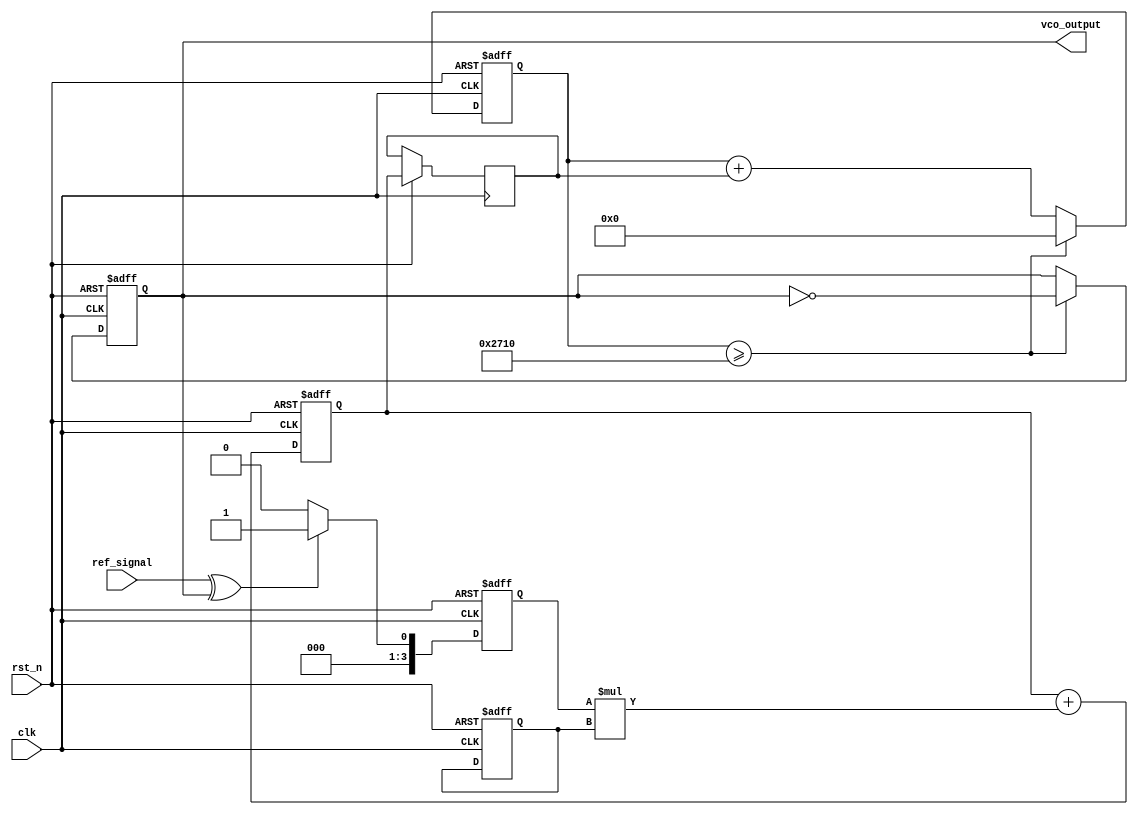
module dpll (
    input wire clk,              // System clock
    input wire rst_n,            // Active-low reset
    input wire ref_signal,       // Reference input signal
    output wire vco_output       // VCO output signal
);

// Parameters
parameter FILTER_ORDER = 4;    // Filter order
parameter MEM_SIZE = 16;        // Memory size for filter coefficients

// Internal Signals
reg [FILTER_ORDER-1:0] phase_error; // Phase error signal
reg [FILTER_ORDER-1:0] filter_mem [0:MEM_SIZE-1]; // Memory for filter coefficients
reg [FILTER_ORDER-1:0] filter_output; // Filter output signal
reg [FILTER_ORDER-1:0] vco_control; // Control signal for VCO
reg [15:0] vco_counter; // VCO counter for generating output signal
wire vco_clk;

// Phase Detector (PD)
always @(posedge clk or negedge rst_n) begin
    if (!rst_n) begin
        phase_error <= 0;
    end else begin
        // Simple XOR phase detection
        phase_error <= (ref_signal ^ vco_output) ? 1 : 0; // 1 if phase is not locked
    end
end

// Loop Filter (LF)
integer i;
always @(posedge clk or negedge rst_n) begin
    if (!rst_n) begin
        filter_output <= 0;
        // Initialize filter memory with some coefficients
        for (i = 0; i < MEM_SIZE; i = i + 1) begin
            filter_mem[i] <= (i < FILTER_ORDER) ? (i + 1) : 0;
        end
    end else begin
        // Simple FIR filter implementation
        filter_output <= 0;
        for (i = 0; i < FILTER_ORDER; i = i + 1) begin
            filter_output <= filter_output + (phase_error * filter_mem[i]);
        end
    end
end

// Voltage-Controlled Oscillator (VCO)
always @(posedge clk or negedge rst_n) begin
    if (!rst_n) begin
        vco_counter <= 0;
        vco_output <= 0;
    end else begin
        vco_control <= filter_output; // Control signal from filter
        // VCO logic to generate output based on control signal
        vco_counter <= vco_counter + vco_control;
        if (vco_counter >= 16'd10000) begin // Adjust frequency threshold
            vco_output <= ~vco_output; // Toggle output
            vco_counter <= 0; // Reset counter
        end
    end
end

endmodule